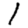
Digit: 1